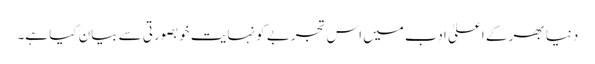
دنیا بھر کے اعلیٰ ادب میں اس تجربے کو نہایت خوبصورتی سے بیان کیا ہے۔